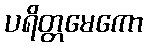
ပရိတ္တမေကော